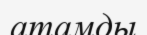
атамды